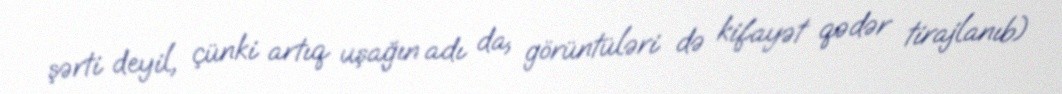
şərti deyil, çünki artıq uşağın adı da, görüntüləri də kifayət qədər tirajlanıb)